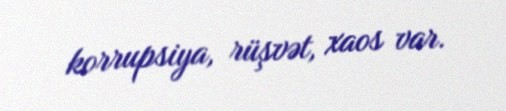
korrupsiya, rüşvət, xaos var.